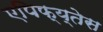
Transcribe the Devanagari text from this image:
एपिफ्य्तेस